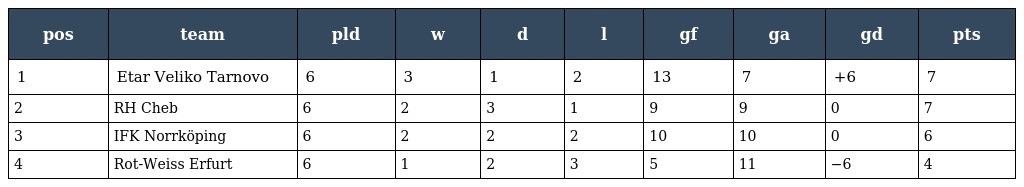
| pos | team | pld | w | d | l | gf | ga | gd | pts |
 | --- | --- | --- | --- | --- | --- | --- | --- | --- | --- |
 | 1 | Etar Veliko Tarnovo | 6 | 3 | 1 | 2 | 13 | 7 | +6 | 7 |
 | 2 | RH Cheb | 6 | 2 | 3 | 1 | 9 | 9 | 0 | 7 |
 | 3 | IFK Norrköping | 6 | 2 | 2 | 2 | 10 | 10 | 0 | 6 |
 | 4 | Rot-Weiss Erfurt | 6 | 1 | 2 | 3 | 5 | 11 | −6 | 4 |